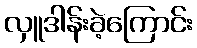
လှူဒါန်းခဲ့ကြောင်း